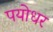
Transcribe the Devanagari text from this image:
पयोधर